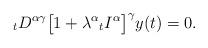
LaTeX: \begin{align*} {_tD^{\alpha\gamma}}\bigl[1 + \lambda^\alpha {_tI^{\alpha}}\bigr]^\gamma y(t) = 0.\end{align*}